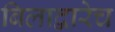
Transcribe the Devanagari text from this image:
बिलाद्वारेच